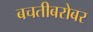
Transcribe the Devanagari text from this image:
बचतीबरोबर